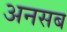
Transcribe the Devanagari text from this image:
अनसब